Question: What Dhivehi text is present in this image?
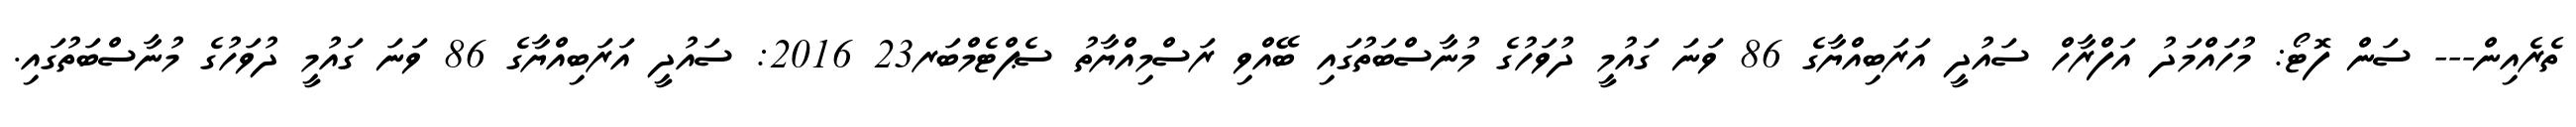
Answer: ތެރެއިން--- ސަން ފޮޓޯ: މުހައްމަދު އަފްރާހް ސައުދީ އަރަބިއްޔާގެ 86 ވަނަ ގައުމީ ދުވަހުގެ މުނާސްބަތުގައި ބޭއްވި ރަސްމިއްޔާތު ސެޕްޓެމްބަރ23 2016: ސައުދީ އަރަބިއްޔާގެ 86 ވަނަ ގައުމީ ދުވަހުގެ މުނާސްބަތުގައި.